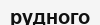
рудного